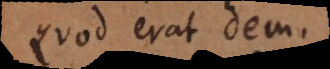
Quod erat dem.